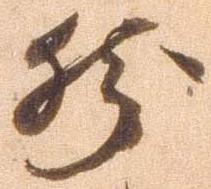
然